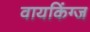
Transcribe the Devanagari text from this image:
वायकिंग्ज